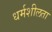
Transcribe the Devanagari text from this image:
धर्मशीलता